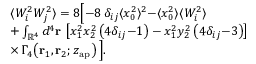
\begin{array} { r l } & { \langle W _ { i } ^ { 2 } W _ { j } ^ { 2 } \rangle = 8 \Big [ { - } 8 \, \delta _ { i j } \langle x _ { 0 } ^ { 2 } \rangle ^ { 2 } { - } \langle x _ { 0 } ^ { 2 } \rangle \langle W _ { i } ^ { 2 } \rangle } \\ & { + \int _ { \mathbb { R } ^ { 4 } } d ^ { 4 } \mathbf { r } \, \left[ x _ { 1 } ^ { 2 } x _ { 2 } ^ { 2 } \left( 4 \delta _ { i j } { - } 1 \right) - x _ { 1 } ^ { 2 } y _ { 2 } ^ { 2 } \left( 4 \delta _ { i j } { - } 3 \right) \right] } \\ & { \times \, \Gamma _ { 4 } \! \left( \mathbf { r } _ { 1 } , \mathbf { r } _ { 2 } ; z _ { \mathrm { a p } } \right) \Big ] . } \end{array}